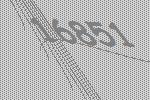
16851